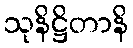
သုနိဋ္ဌိတာနိ